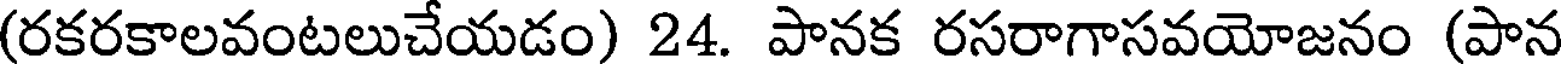
(రకరకాలవంటలుచేయడం) 24. పానక రసరాగాసవయోజనం (పాన